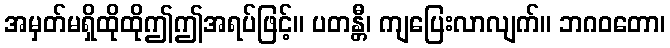
အမှတ်မရှိထိုထိုဤဤအရပ်ဖြင့်။ ပတန္တီ၊ ကျပြေးလာလျက်။ ဘဂဝတော၊